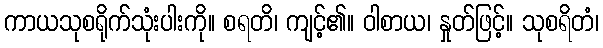
ကာယသုစရိုက်သုံးပါးကို။ စရတိ၊ ကျင့်၏။ ဝါစာယ၊ နှုတ်ဖြင့်။ သုစရိတံ၊